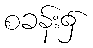
စခန်း၌